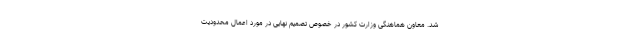
شد. معاون هماهنگی وزارت کشور در خصوص تصمیم نهایی در مورد اعمال محدودیت